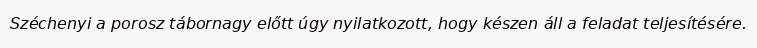
Széchenyi a porosz tábornagy előtt úgy nyilatkozott, hogy készen áll a feladat teljesítésére.